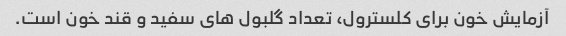
آزمایش خون برای کلسترول، تعداد گلبول های سفید و قند خون است.